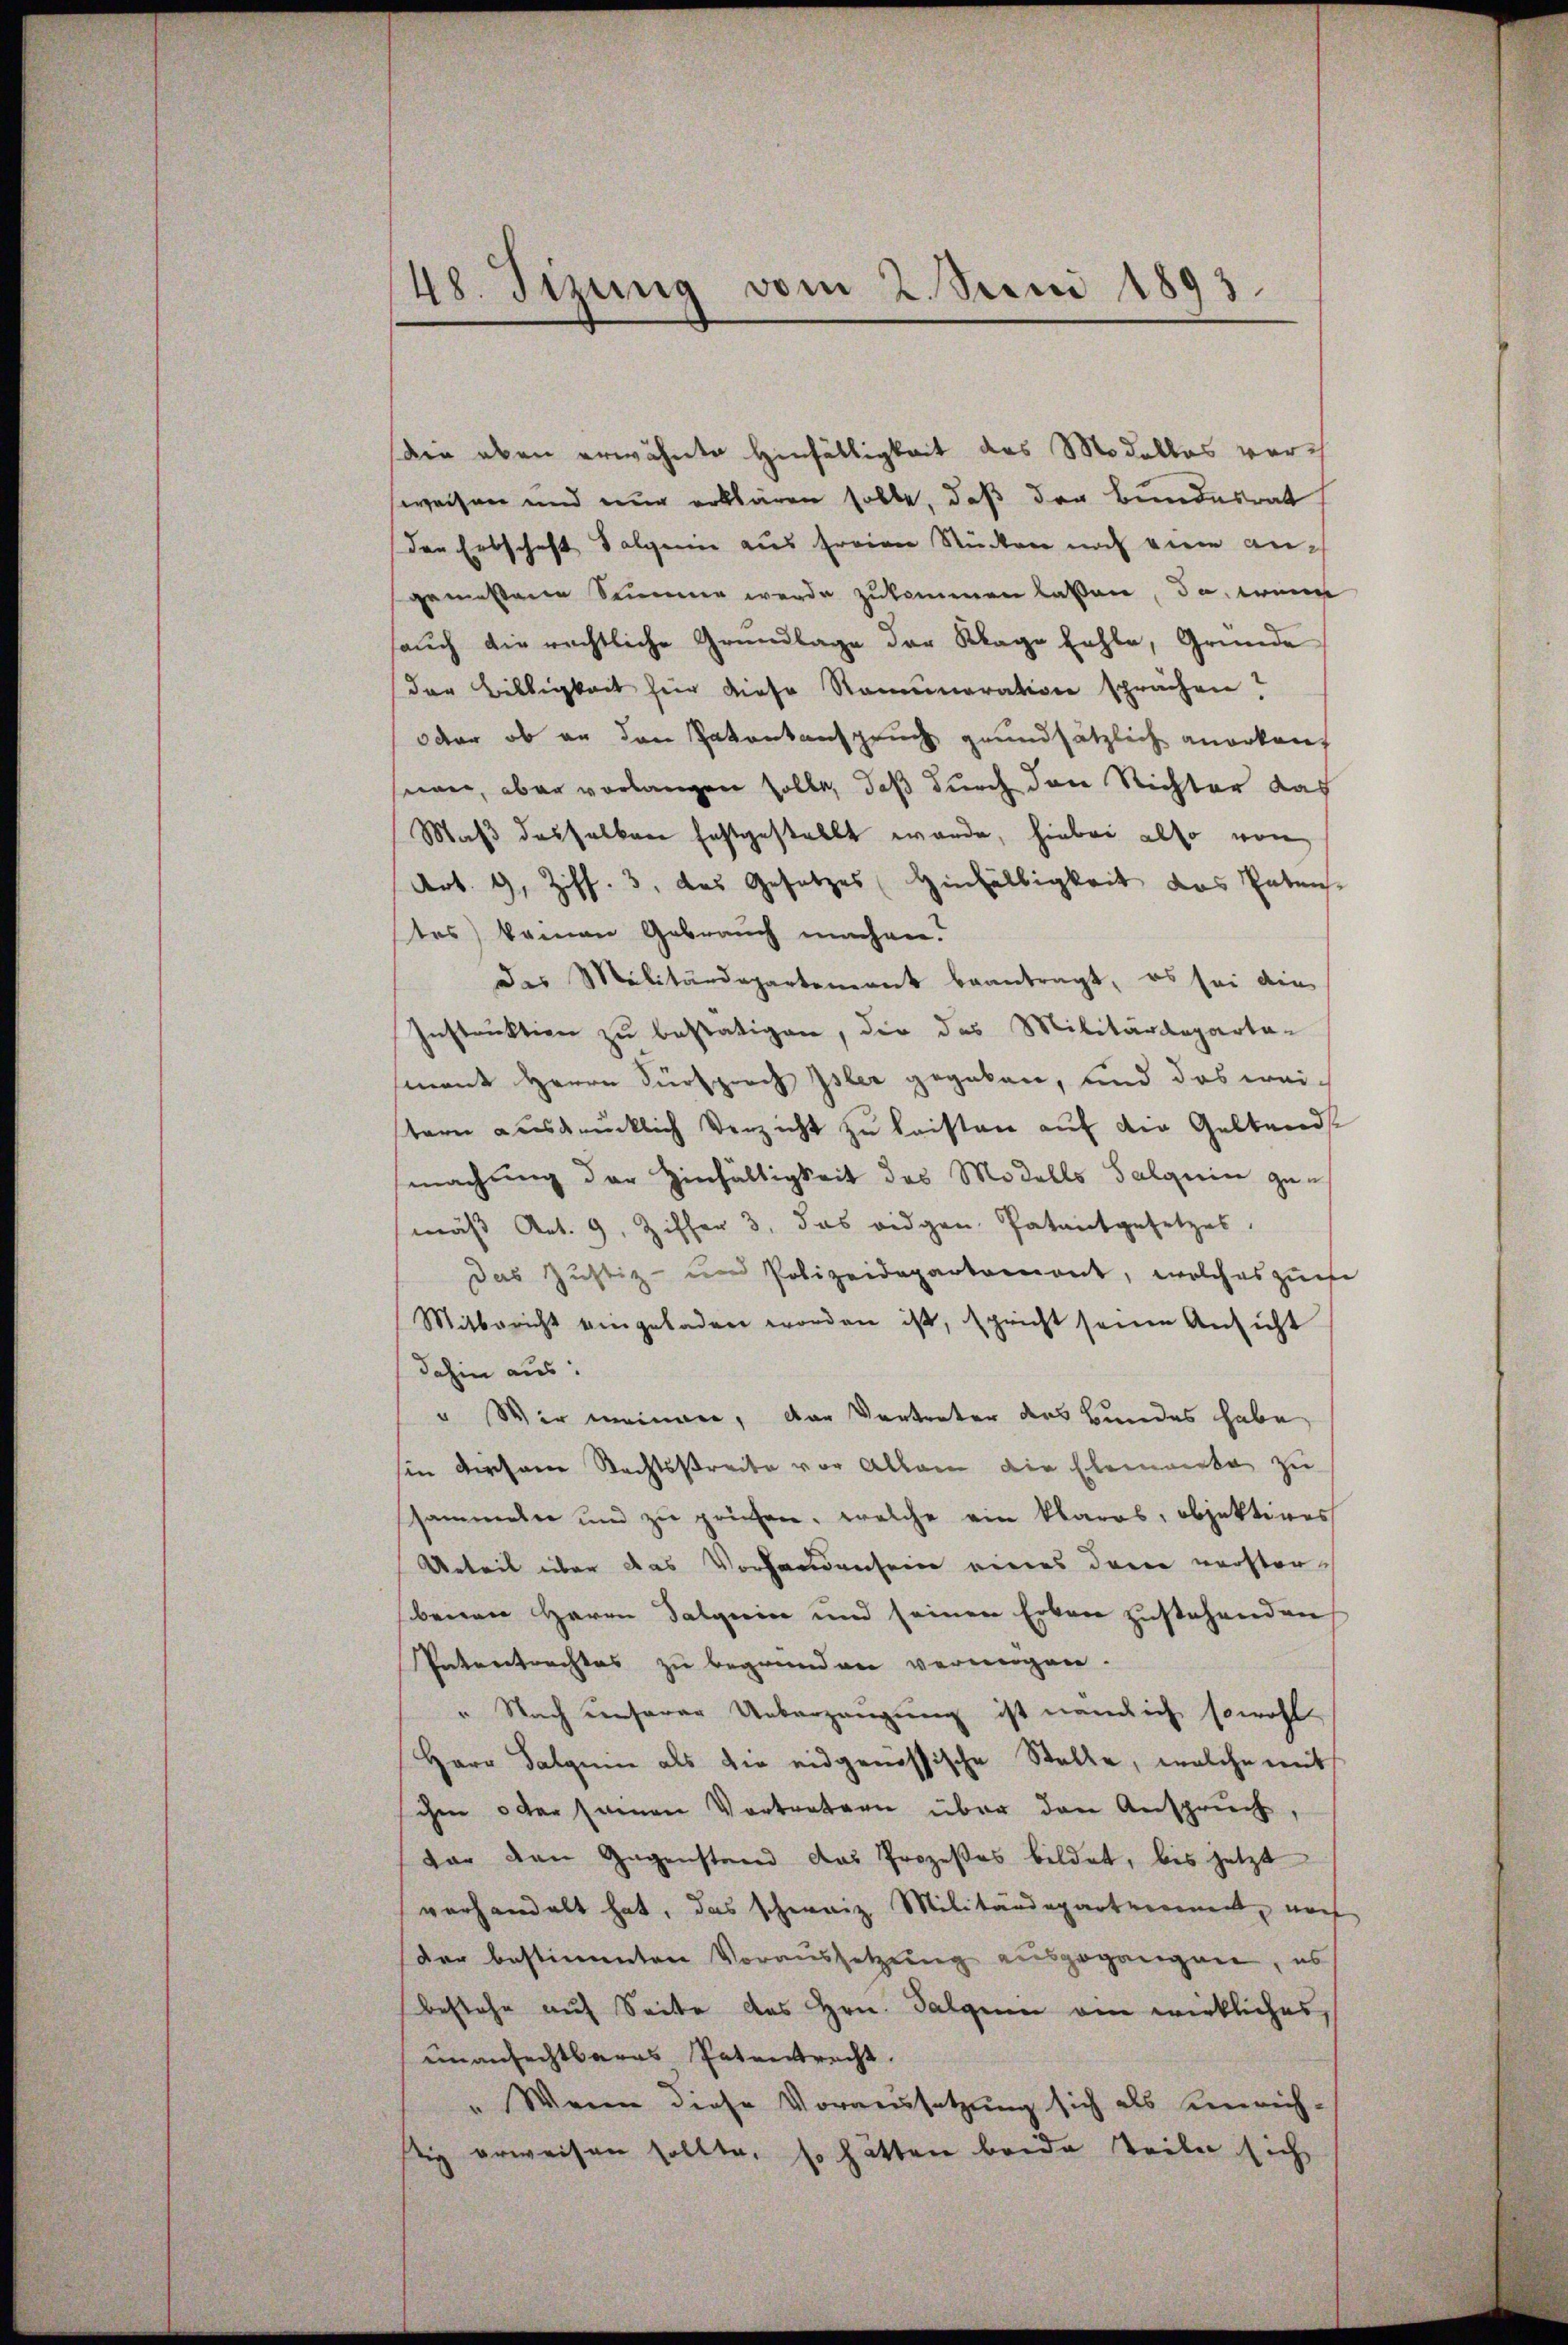
48. Tizung vom 2. Juni 1893.

ie oben erwähnte Hinfälligkeit des Modallas vorweisen und nur erklären solle, daß der Bundesrat
der Erbschaft Salgerin aus freien Stücken noch eine angemessene Sammer werde zukommen laßen, da wenn
saŭch die rechtliche Grundlage der Klage fehle, Gründe
der Billigkeit hier diese Rammaration sprachen?
oder ob an den Patentanspruch grundsätzlich anerkauf
seien, aber vorlangen solle, daß durch den Richter das
Maß deshalben festgestellt werde, hiebei also von
Art. 9, Ziff. 3, das Gesetzes Hinfälligkeit das Paten
tes) kamen Gebrauch machen.
des Militärdepartement beantragt, es sei die
Instruktion zu bestätigen, die das Militärdeparta-
mant Herrn Fürsprach Isler gegeben, und das weitern ausdrücklich Verzicht zu leisten auf die Geltends
machung der Hinfältigkeit des Modells Salgerin gemäß Art. 9, Ziffer 3. das eidgen Patentgesetzes,
Das Justiz- und Polizeidepartemont, welches zufe
Mitbericht eingeladen worden ist, spricht seine Ansicht
dahin aus:
" Wir meinen, der Vertreter des Bundes habe
sin dersene Rechtsstreite vor Allem die Elemerke zu
shammeln und zu prüfen, welche ein klares, objektives
Urteil über das Vorhandensein eines darin verstor-
benen Herrn Dalquise und seinen Erken zustehenden
Intertrachtes zu begründen vermögen
" Nach unserer Ueberzeugung ist nämlich sowohl
Herr Salein als die eidgenössische Stelle, welche mit
schen oder samen Vortretern über den Anspruch,
dar den Gegenstand das Prozeßes bildet, bis jetzt
verhandelt hat, das schweiz. Militärdepartement, noch
der bestimmten Voraussetzŭng ausgegangen, es
bestehe auf Seite des Hrn. Talquii ein wirkliches,
unanfechtbares Patentracht.
" Wenn diese Voraussetzung sich als Einrichlig erweisen sollte, so hätten beide Teile sich